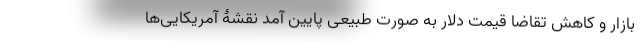
بازار و کاهش تقاضا قیمت دلار به صورت طبیعی پایین آمد نقشۀ آمریکایی‌ها